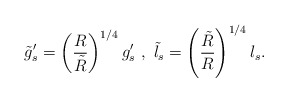
\begin{align*}\tilde{g}_s^{\prime} = \left( \frac{R}{\tilde{R}} \right)^{1/4} g_s^{\prime} \ , \ \tilde{l}_s = \left( \frac{ \tilde{R}}{R} \right)^{1/4} l_s .\end{align*}